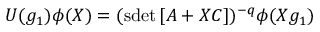
U ( g _ { 1 } ) \phi ( X ) = ( \mathrm { s d e t } \, [ A + X C ] ) ^ { - q } \phi ( X g _ { 1 } )